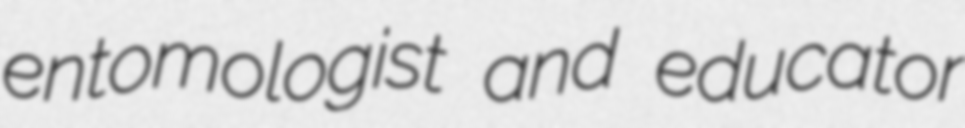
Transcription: entomologist and educator